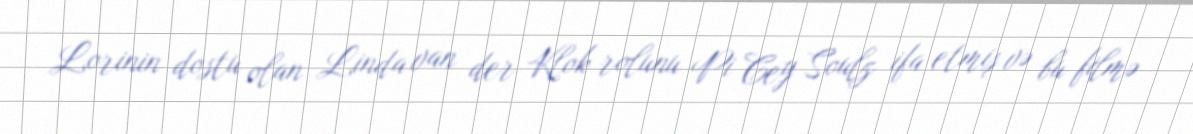
Lorinin dostu olan Linda van der Klok rolunu Pi Cey Soulz ifa etmiş və bu filmə